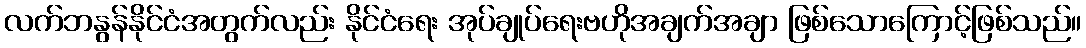
လက်ဘနွန်နိုင်ငံအတွက်လည်း နိုင်ငံရေး အုပ်ချုပ်ရေးဗဟိုအချက်အချာ ဖြစ်သောကြောင့်ဖြစ်သည်။